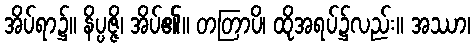
အိပ်ရာ၌။ နိပ္ပဇ္ဇိ၊ အိပ်၏။ တတြာပိ၊ ထိုအရပ်၌လည်း။ အဿာ၊